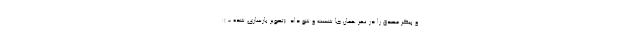
و پیکر مصدق را در نهر همان جا شست و شو داد. (تصویر بازسازی شده - ):